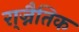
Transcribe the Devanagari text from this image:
रा्ज्नैतिक